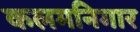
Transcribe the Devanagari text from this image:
कलमनिगार